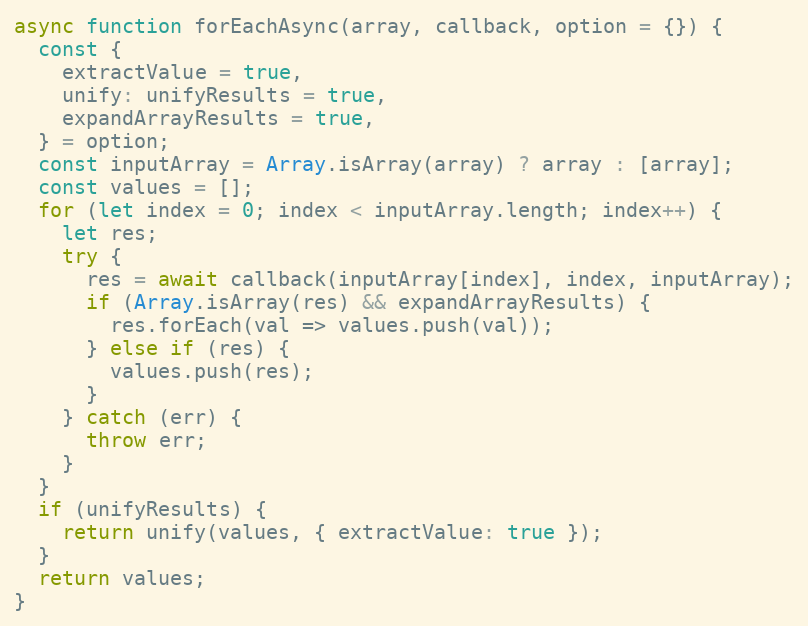
Language: JavaScript
async function forEachAsync(array, callback, option = {}) {
  const {
    extractValue = true,
    unify: unifyResults = true,
    expandArrayResults = true,
  } = option;
  const inputArray = Array.isArray(array) ? array : [array];
  const values = [];
  for (let index = 0; index < inputArray.length; index++) {
    let res;
    try {
      res = await callback(inputArray[index], index, inputArray);
      if (Array.isArray(res) && expandArrayResults) {
        res.forEach(val => values.push(val));
      } else if (res) {
        values.push(res);
      }
    } catch (err) {
      throw err;
    }
  }
  if (unifyResults) {
    return unify(values, { extractValue: true });
  }
  return values;
}